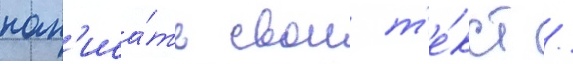
нап'иса́ть свои т'е́кст /